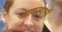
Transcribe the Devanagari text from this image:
याचस्थानी